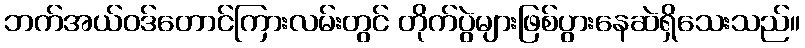
ဘက်အယ်ဝဒ်တောင်ကြားလမ်းတွင် တိုက်ပွဲများဖြစ်ပွားနေဆဲရှိသေးသည်။